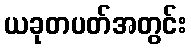
ယခုတပတ်အတွင်း